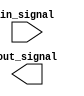
module tile_controller_4_4 #(
  parameter TILE_CNT = 4 //  TILE_CNT * TILE_CNT 
) (
  input [4:0] in_signal,
  output [TILE_CNT*TILE_CNT-1:0] out_signal
);
  
endmodule